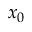
x _ { 0 }